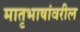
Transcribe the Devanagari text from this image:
मातृभाषांवरील